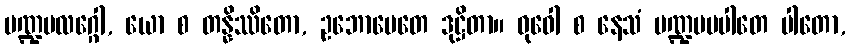
မဏ္ဍပလဂ္ဂေါ, ယော စ တန္နိဿိတော, ဥဘောပေတေ ဒုဋ္ဌိတာ။ ဓုဝေါ စ နေသံ မဏ္ဍပပပါတေ ပါတော,